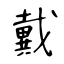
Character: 戴